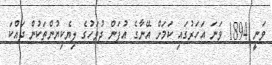
ވަނީ 1894 ވަނަ އަހަރުގައި ކަމަށް އޭނާގެ އުފަން ދުވަހުގެ ލިޔެކިޔުންތަކުން ދައްކަ